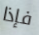
فإذا